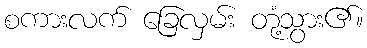
စကားလက် ခြေလှမ်း တုံ့သွား၏။